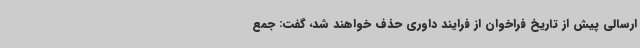
ارسالی پیش از تاریخ فراخوان از فرایند داوری حذف خواهند شد، گفت: جمع